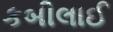
કબીલાઈ